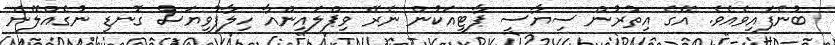
ބުނެފައިވެއެވެ. އޭގެ އިތުރުން ސިޔާސީ ޕާޓީއަކުން ނެރޭ ވިޕްލައިންއާ ހިލާފުވިޔަސް ގޮނޑި ނުގެއްލޭނެ